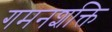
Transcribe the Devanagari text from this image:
गमनशक्ति